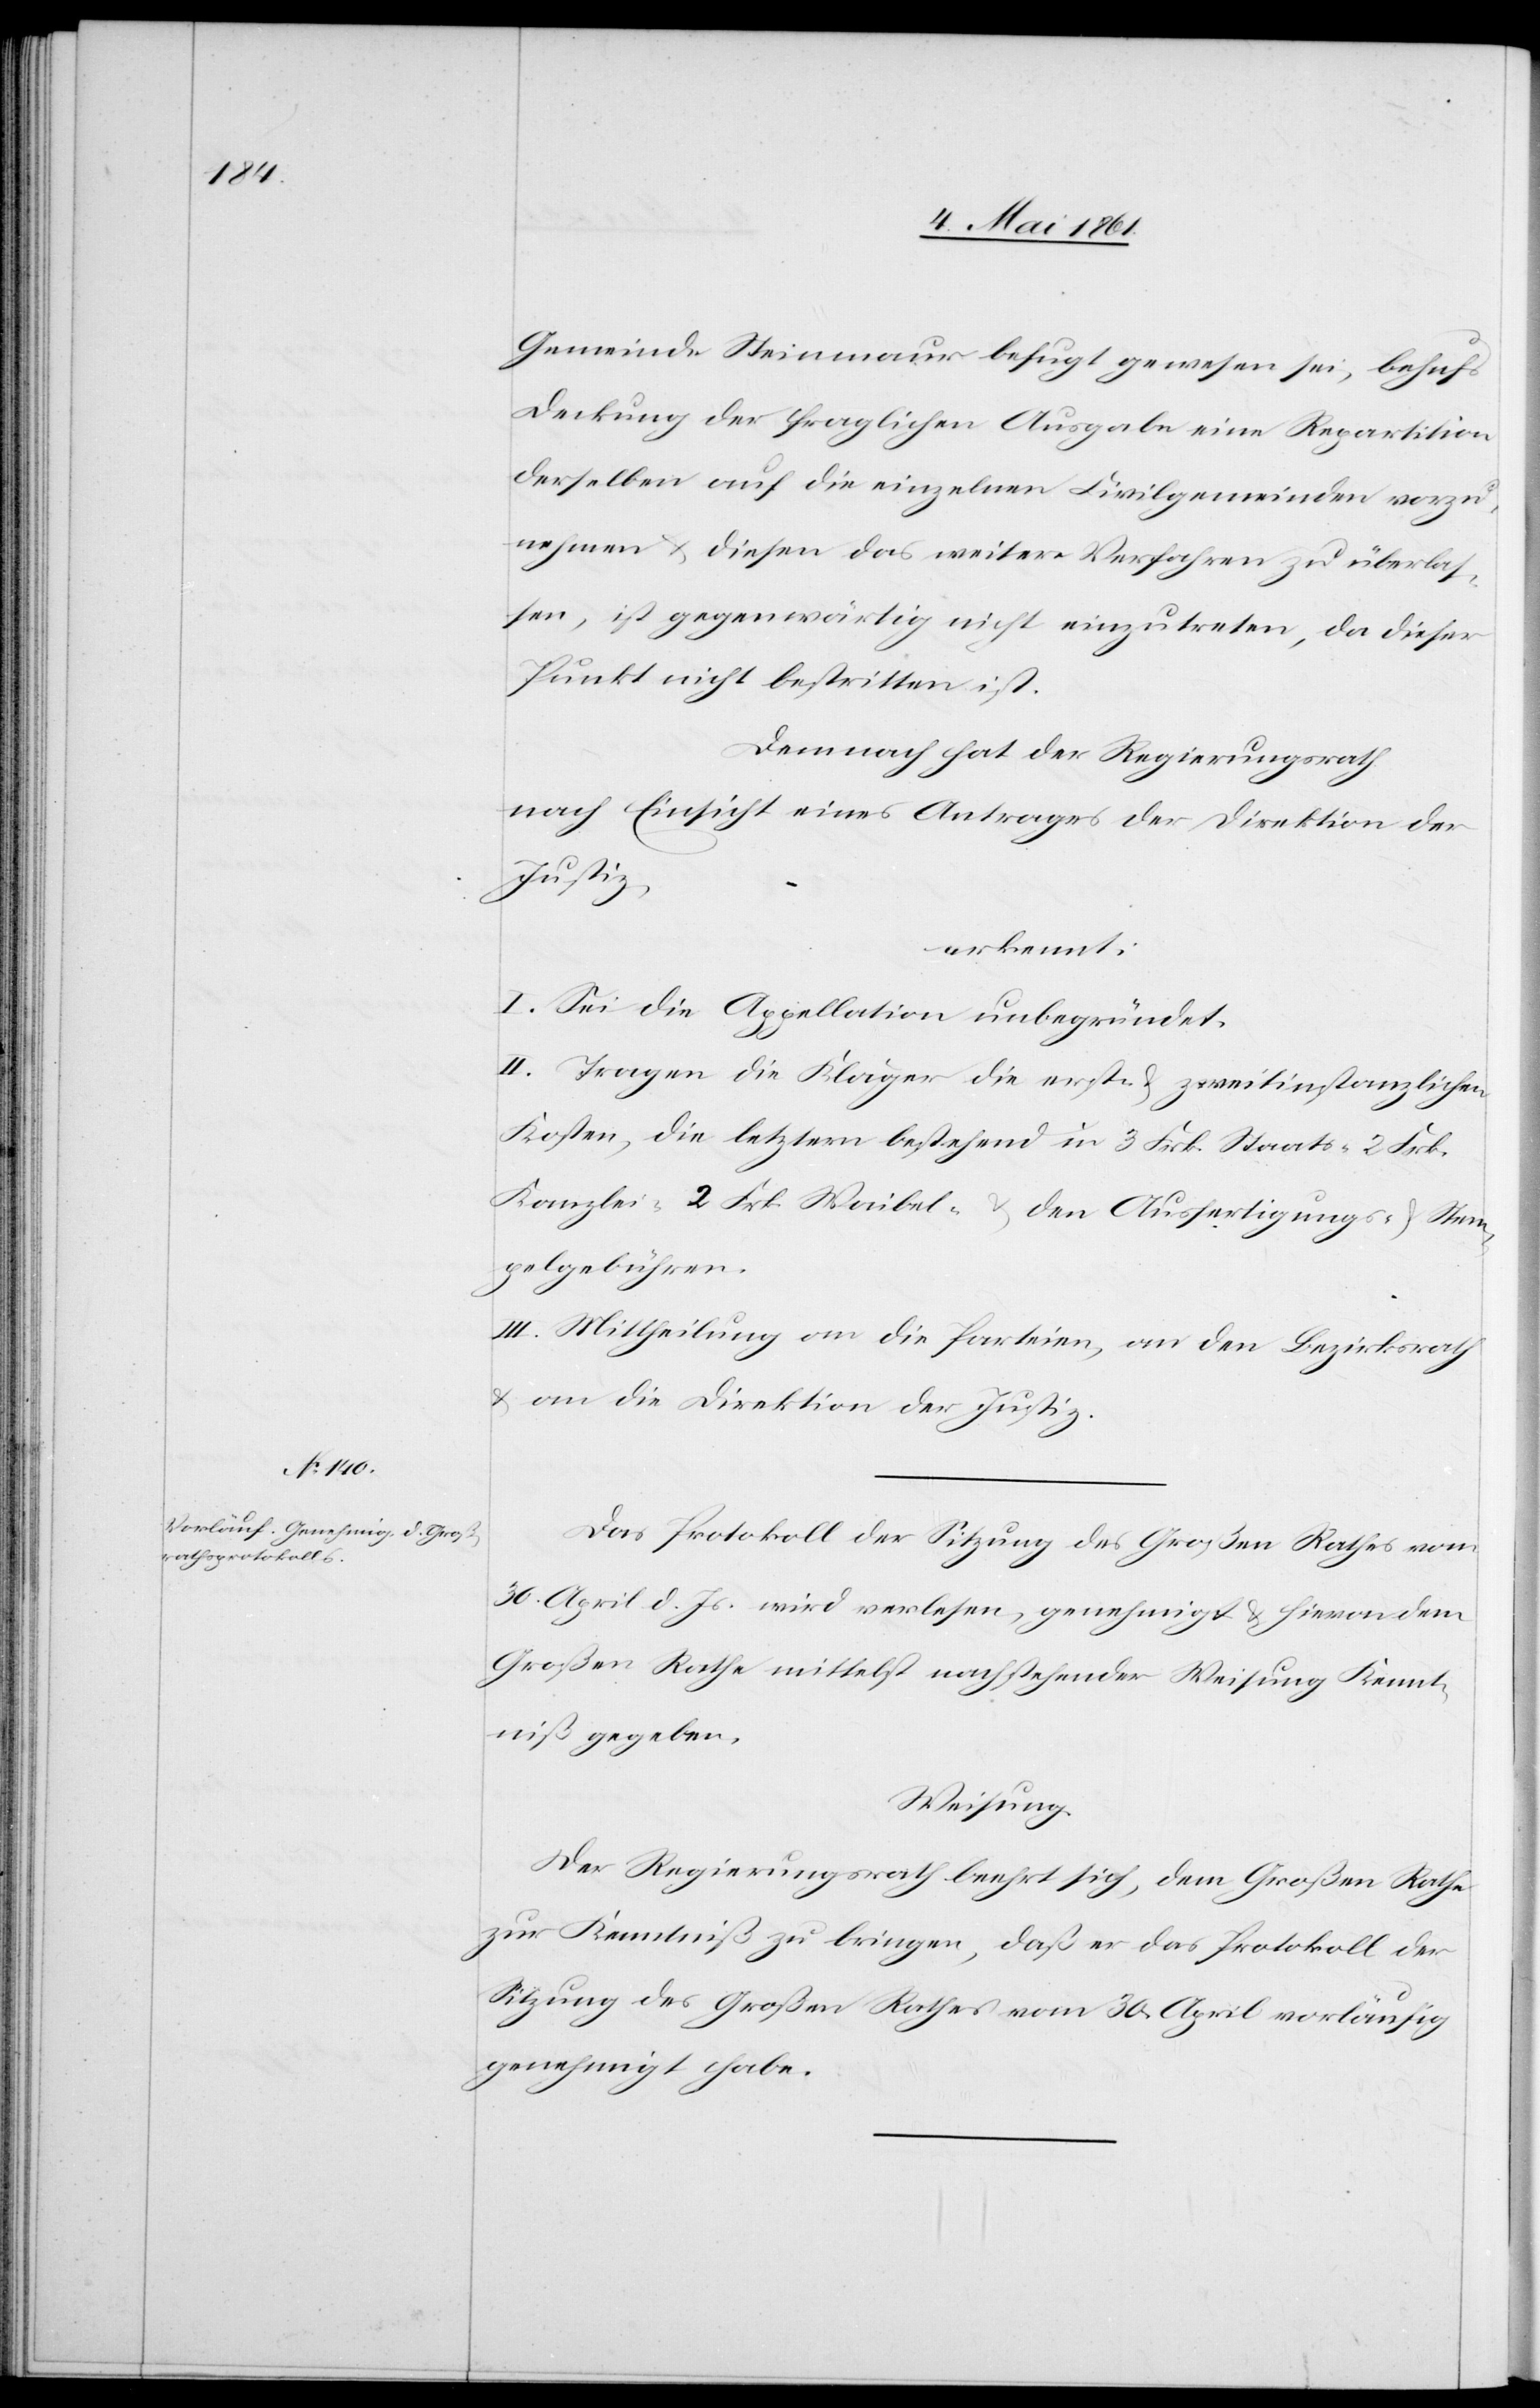
Gemeinde Steinmaur befugt gewesen sei, behufs
Deckung der fraglichen Ausgabe eine Repartition
derselben auf die einzelnen Civilgemeinden vorzu¬
nehmen u. diesen das weitere Verfahren zu überlas¬
sen, ist gegenwärtig nicht einzutreten, da dieser
Punkt nicht bestritten ist.
Demnach hat der Regierungsrath
nach Einsicht eines Antrages der Direktion der
Justiz;
erkennt:
I. Sei die Appellation unbegründet.
II. Tragen die Kläger die erst- u. zweitinstanzlichen
Kosten, die letztern bestehend in 3 Frk. Staats- 2 Frk.
Kanzlei- 2 Frk. Waibel- u. den Ausfertigungs- u. Stem¬
pelgebühren.
III. Mittheilung an die Parteien, an den Bezirksrath
u. an die Direktion der Justiz.
Das Protokoll der Sitzung des Großen Rathes vom
30. April d. Js. wird verlesen, genehmigt u. hievon dem
Großen Rathe mittelst nachstehender Weisung Kennt¬
niß gegeben.
Weisung:
Der Regierungsrath beehrt sich, dem Großen Rathe
zur Kenntniß zu bringen, daß er das Protokoll der
Sitzung des Großen Rathes vom 30. April vorläufig
genehmigt habe.